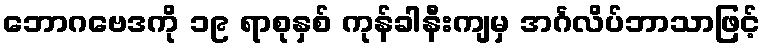
ဘောဂဗေဒကို ၁၉ ရာစုနှစ် ကုန်ခါနီးကျမှ အင်္ဂလိပ်ဘာသာဖြင့်